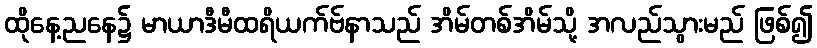
ထိုနေ့ညနေ၌ မာယာဒီမီထရိယက်ဗ်နာသည် အိမ်တစ်အိမ်သို့ အလည်သွားမည် ဖြစ်၍